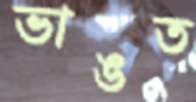
ভাঙত